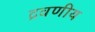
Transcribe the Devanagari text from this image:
द्रवणीय